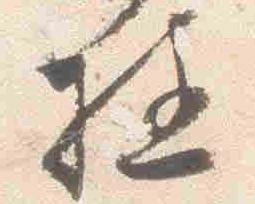
極